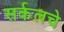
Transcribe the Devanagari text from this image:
सर्कलचे